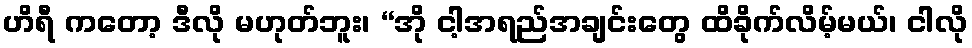
ဟိရီ ကတော့ ဒီလို မဟုတ်ဘူး၊ “အို ငါ့အရည်အချင်းတွေ ထိခိုက်လိမ့်မယ်၊ ငါလို